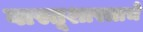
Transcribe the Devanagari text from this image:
वास्तूशास्त्राचे